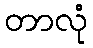
တာလုံ